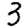
Digit: 3